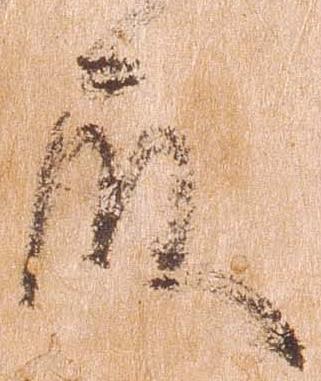
殿